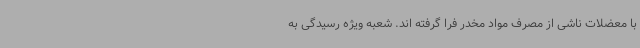
با معضلات ناشی از مصرف مواد مخدر فرا گرفته اند. شعبه ویژه رسیدگی به